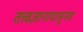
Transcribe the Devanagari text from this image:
तत्त्वज्ञानापासूनच